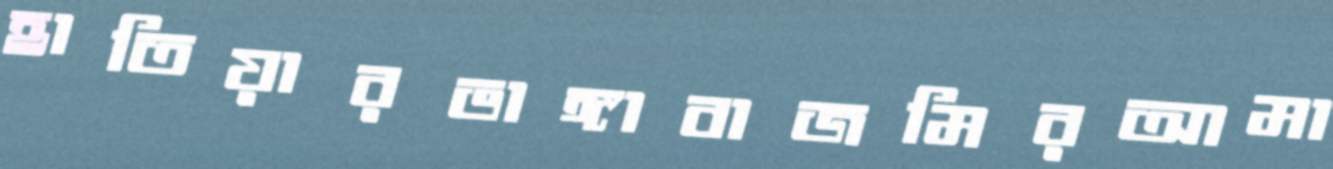
হাতিয়ারভাঙ্গাবাজমিরআমা